Plague in India, 1896, 1897 - Volume 2
Year: 1896
Disease focus: Plague
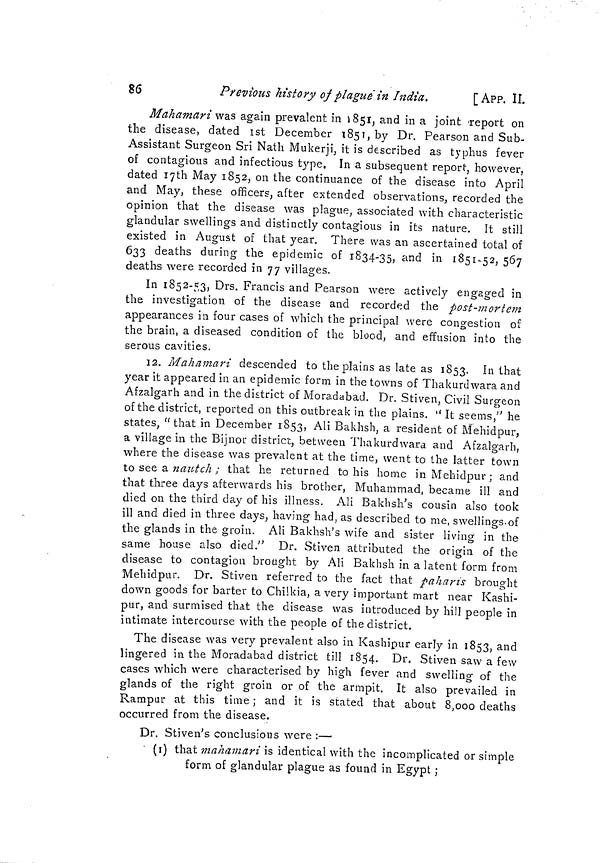
86
Previous history of plague in India.
[ APP. II.
Mahamari was again prevalent in 1851, and in a joint report on
the disease, dated 1st December 1851, by Dr. Pearson and Sub-
Assistant Surgeon Sri Nath Mukerji, it is described as typhus fever
of contagious and infectious type. In a subsequent report, however,
dated 17th May 1852, on the continuance of the disease into April
and May, these officers, after extended observations, recorded the
opinion that the disease was plague, associated with characteristic
glandular swellings and distinctly contagious in its nature. It still
existed in August of that year. There was an ascertained total of
633 deaths during the epidemic of 1834-35, and in 1851-52, 567
deaths were recorded in 77 villages.
In 1852-53, Drs. Francis and Pearson were actively engaged in
the investigation of the disease and recorded the post-mortem
appearances in four cases of which the principal were congestion of
the brain, a diseased condition of the blood, and effusion into the
serous cavities.
12. Mahamari descended to the plains as late as 1853. In that
year it appeared in an epidemic form in the towns of Thakurdwara and
Afzalgarh and in the district of Moradabad. Dr. Stiven, Civil Surgeon
of the district, reported on this outbreak in the plains. " It seems,'' he
states, "that in December 1853, Ali Bakhsh, a resident of Mehidpur,
a village in the Bijnor district, between Thakurdwara and Afzalgarh,
where the disease was prevalent at the time, went to the latter town
to see a nautch ; that he returned to his home in Mehidpur ; and
that three days afterwards his brother, Muhammad, became ill and
died on the third day of his illness. Ali Bakhsh's cousin also took
ill and died in three days, having had, as described to me, swellings-of
the glands in the groin. AH Bakhsh's wife and sister living in the
same house also died." Dr. Stiven attributed the origin of the
disease to contagion brought by Ali Bakhsh in a latent form from
Mehidpur. Dr. Stiven referred to the fact that paharis brought
down goods for barter to Chilkia, a very important mart near Kashi-
pur, and surmised that the disease was introduced by hill people in
intimate intercourse with the people of the district.
The disease was very prevalent also in Kashipur early in 1853, and
lingered in the Moradabad district till 1854. Dr. Stiven saw a few
cases which were characterised by high fever and swelling of the
glands of the right groin or of the armpit. It also prevailed in
Rampur at this time ; and it is stated that about 8,000 deaths
occurred from the disease.
Dr. Stiven's conclusions were :—
' (i) that mahamari is identical with the incomplicated or simple
form of glandular plague as found in Egypt ;